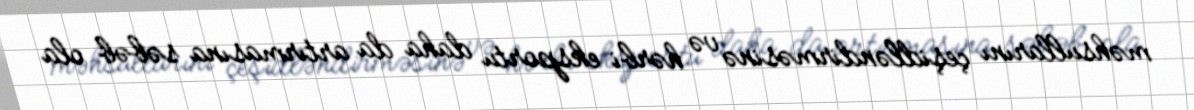
məhsullarını çeşidləndirməsinə və hərbi eksportu daha da artırmasına səbəb ola